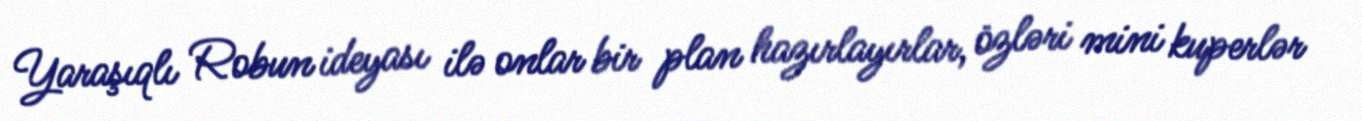
Yaraşıqlı Robun ideyası ilə onlar bir plan hazırlayırlar, özləri mini kuperlər